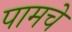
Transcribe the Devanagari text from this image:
पामचे